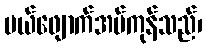
ပယ်ဖျောက်အပ်ကုန်သည်၊